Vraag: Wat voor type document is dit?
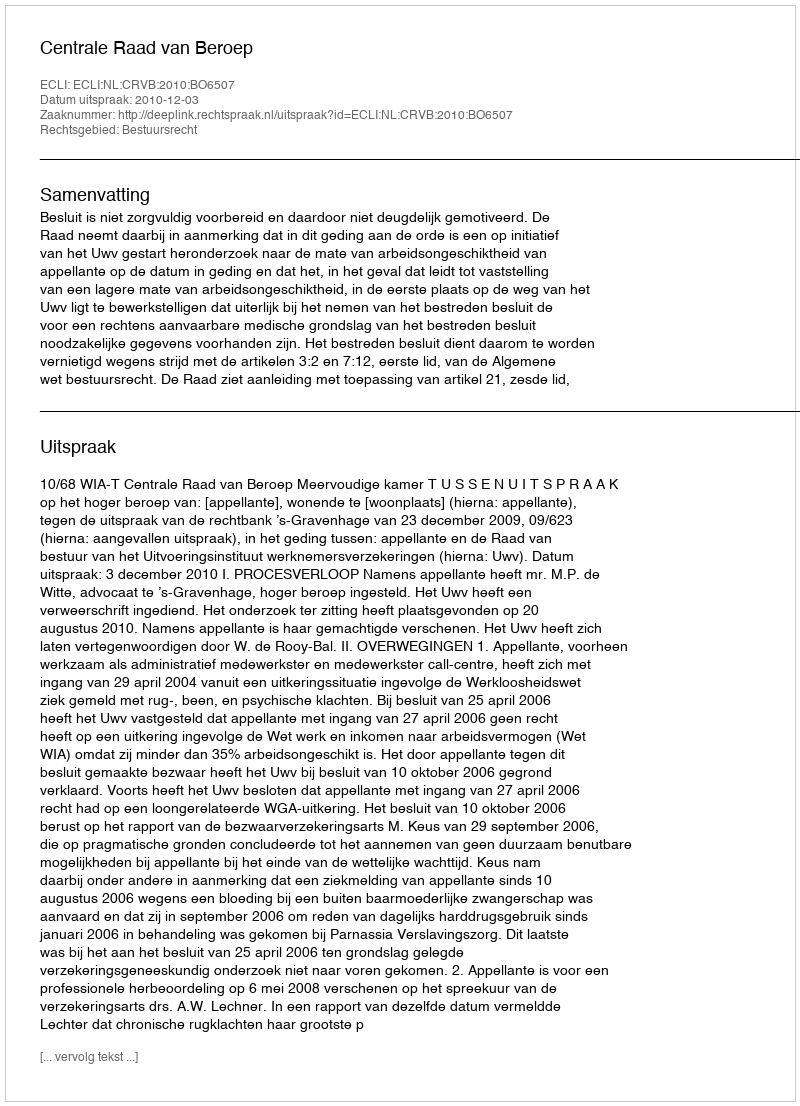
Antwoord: Uitspraak